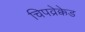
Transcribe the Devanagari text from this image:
चिपव्रेक्केड